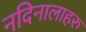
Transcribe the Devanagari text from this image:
नदिनालाहरु